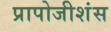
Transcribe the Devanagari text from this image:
प्रापोजीशंस